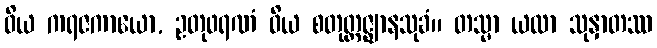
ဝိယ ကရဇကာယော, ဥတုဖရဏံ ဝိယ စတုတ္ထဇ္ဈာနသုခံ။ တသ္မာ ယထာ သုနှာတဿ